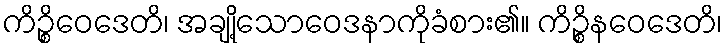
ကိဉ္စိဝေဒေတိ၊ အချို့သောဝေဒနာကိုခံစား၏။ ကိဉ္စိနဝေဒေတိ၊